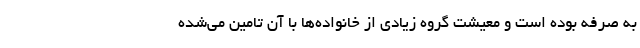
به صرفه بوده است و معیشت گروه زیادی از خانواده‌ها با آن تامین می‌شده